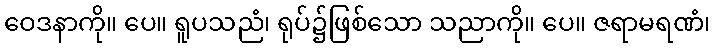
ဝေဒနာကို။ ပေ။ ရူပသညံ၊ ရုပ်၌ဖြစ်သော သညာကို။ ပေ။ ဇရာမရဏံ၊